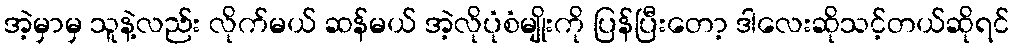
အဲ့မှာမှ သူနဲ့လည်း လိုက်မယ် ဆန်မယ် အဲ့လိုပုံစံမျိုးကို ပြန်ပြီးတော့ ဒါလေးဆိုသင့်တယ်ဆိုရင်